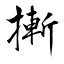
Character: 摲